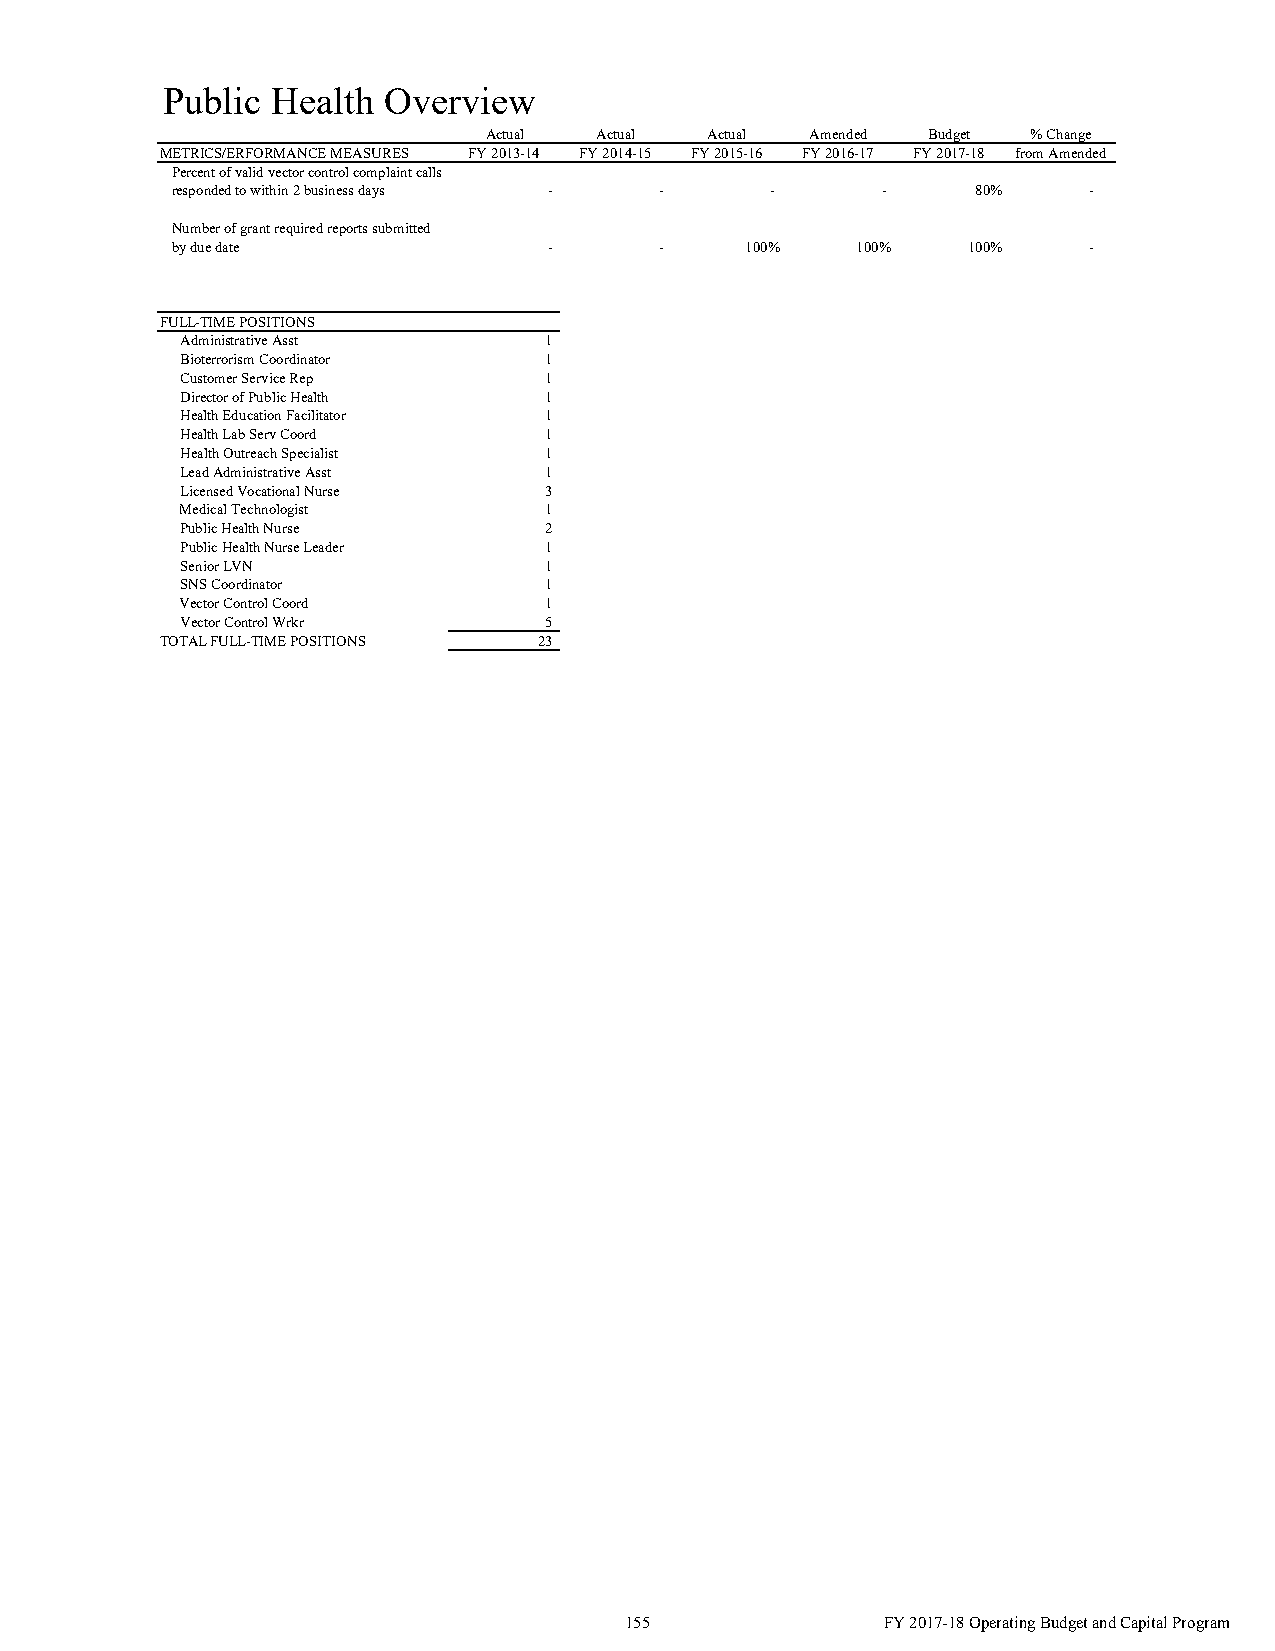
Public Health Overview
 Actual  Actual Actual Amended Budget % Change
 METRICS/ERFORMANCE MEASURES FY 2013-14 FY 2014-15 FY 2015-16 FY 2016-17 FY 2017-18 from Amended
 Percent of valid vector control complaint calls
 responded to within 2 business days - - -      -      80%    -
 Number of grant required reports submitted
 by due date              -       -    100%    100%   100%    -
 FULL-TIME POSITIONS
 Administrative Asst     1
 Bioterrorism Coordinator 1
 Customer Service Rep    1
 Director of Public Health 1
 Health Education Facilitator 1
 Health Lab Serv Coord   1
 Health Outreach Specialist 1
 Lead Administrative Asst 1
 Licensed Vocational Nurse 3
 Medical Technologist    1
 Public Health Nurse     2
 Public Health Nurse Leader 1
 Senior LVN              1
 SNS Coordinator         1
 Vector Control Coord    1
 Vector Control Wrkr     5
 TOTAL FULL-TIME POSITIONS 23
 155               FY 2017-18 Operating Budget and Capital Program